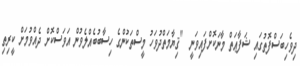
ދިވެހިބަސްފޮތުގައި ޝަފާޢަތް މާނަކޮށްފައިވަނީ  "ޤިޔާމަތްދުވަހު މީސްތަކުންގެ ހިސާބުބެއްލެވުން އަވަސްކޮށް ދެއްވުމަށް ކީރިތި